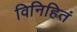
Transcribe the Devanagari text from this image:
विनिहितं